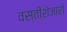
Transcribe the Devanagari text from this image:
वस्तीशेजारी